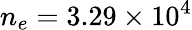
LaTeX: n_{e}=3.29\times 10^{4}